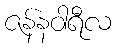
ဇန်နဝါရီလ